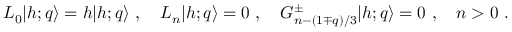
L _ { 0 } \vert { h ; q } \rangle = h \vert { h ; q } \rangle { } ~ , { } ~ { } ~ { } ~ L _ { n } \vert { h ; q } \rangle = 0 { } ~ , { } ~ { } ~ { } ~ G _ { n - ( 1 \mp q ) / 3 } ^ { \pm } \vert { h ; q } \rangle = 0 { } ~ , { } ~ { } ~ { } ~ n > 0 { } ~ .